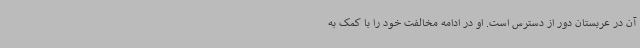
آن در عربستان دور از دسترس است. او در ادامه مخالفت خود را با کمک به